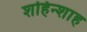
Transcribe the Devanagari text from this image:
शहिन्शाह